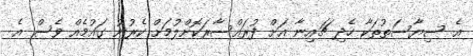
އެ ސިޔާސަތުތަކާ ހެދި ޗައިނާ އަށް ފުރައްސާރަކޮށްލުމަށް ކެރުނު ގައުމެއް ވެސް އެ